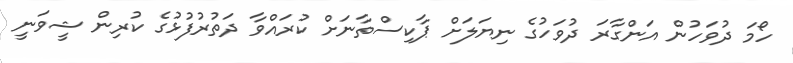
ހޯމަ ދުވަހުން އަންގާރަ ދުވަހުގެ ނިޔަލަށް ޕާކިސްތާނަށް ކުރައްވާ ދަތުރުފުޅުގެ ކުރިން ޝީވަނީ